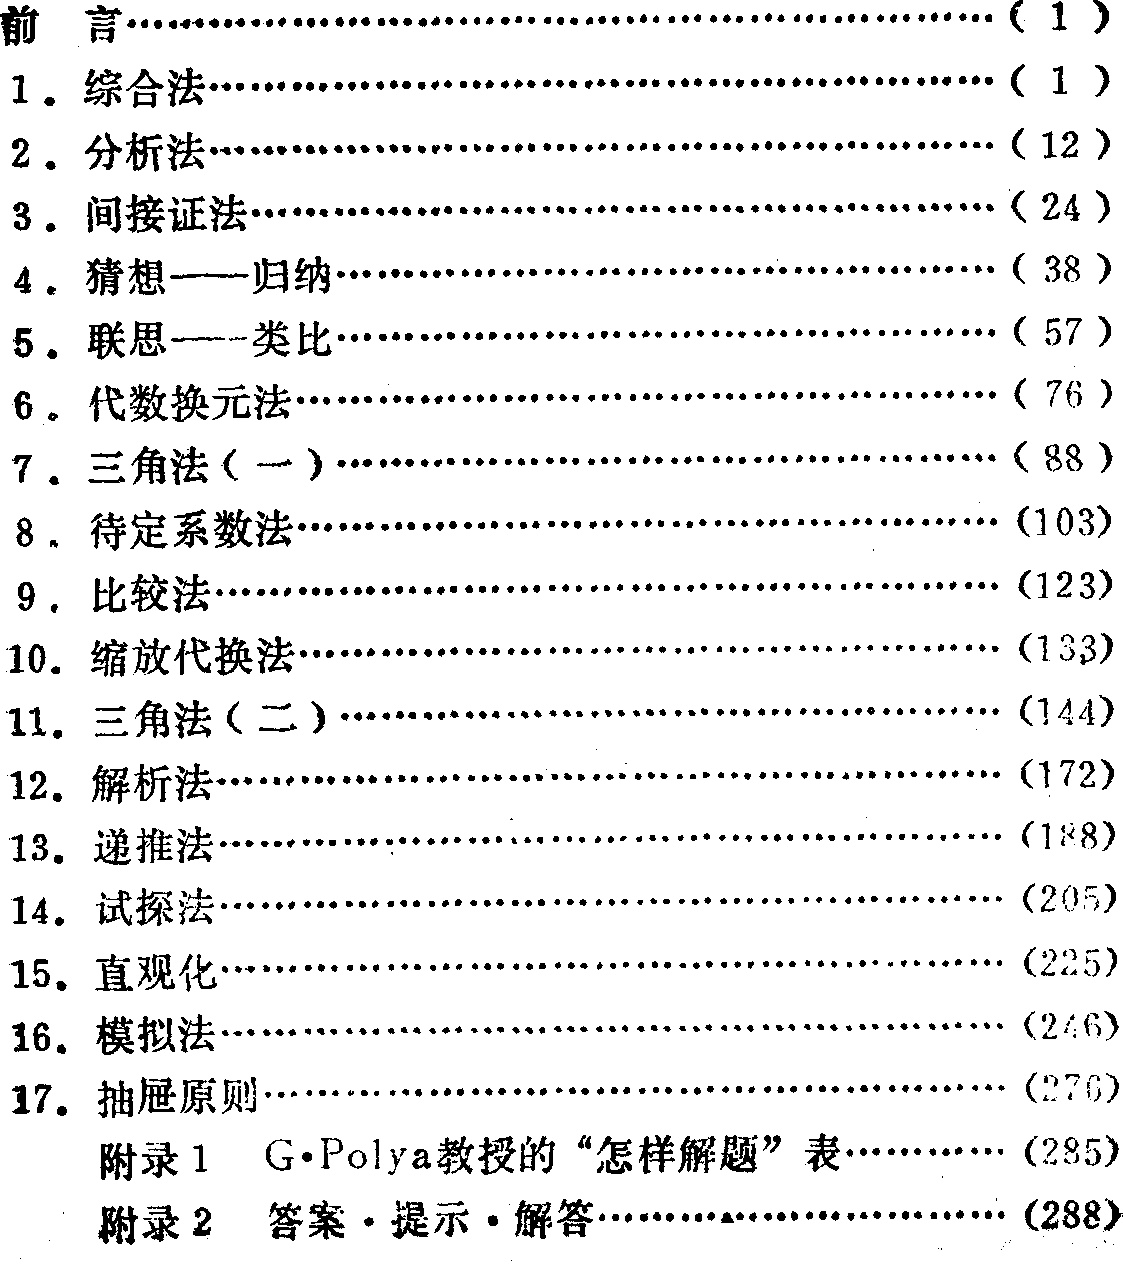
\begin{enumerate}

\item 前言\hfill(1)

\item 综合法\hfill(1)

\item 分析法\hfill(12)

\item 间接证法\hfill(24)

\item 猜想——归纳\hfill(38)

\item 联思——类比\hfill(57)

\item 代数换元法\hfill(76)

\item 三角法（一）\hfill(88)

\item 待定系数法\hfill(103)

\item 比较法\hfill(123)

\item 缩放代换法\hfill(133)

\item 三角法（二）\hfill(144)

\item 解析法\hfill(172)

\item 递推法\hfill(188)

\item 试探法\hfill(205)

\item 直观化\hfill(225)

\item 模拟法\hfill(246)

\item 抽屉原则\hfill(276)

\item 附录1 G$\cdot$Polya教授的“怎样解题”表\hfill(285)

\item 附录2 答案$\cdot$提示$\cdot$解答\hfill(288)

\end{enumerate}